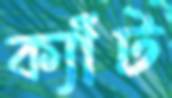
ক্যাঁট